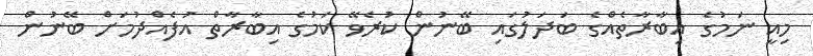
މިއީ ނަމުގެ އިބާރާތެއްގެ ބަދަލުގައި ބޭނުން ކުރެވޭ ކަމުގެ އިބާރާތް އުފެއްްދުމަށް ބޭނުން